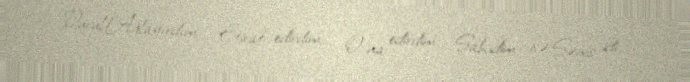
Durul!Ağlayırdım... Etiraf edirdim... O-na edirdim... Şahidim isə Şəms idi..